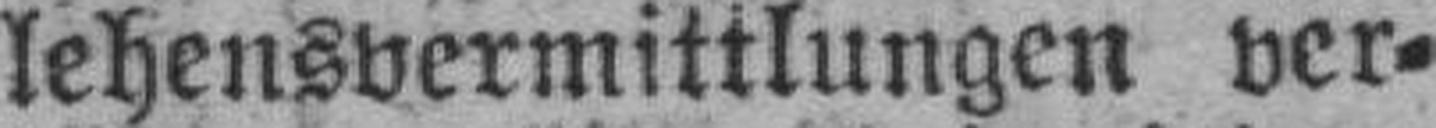
lehensvermittlungen ver¬